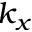
k _ { x }